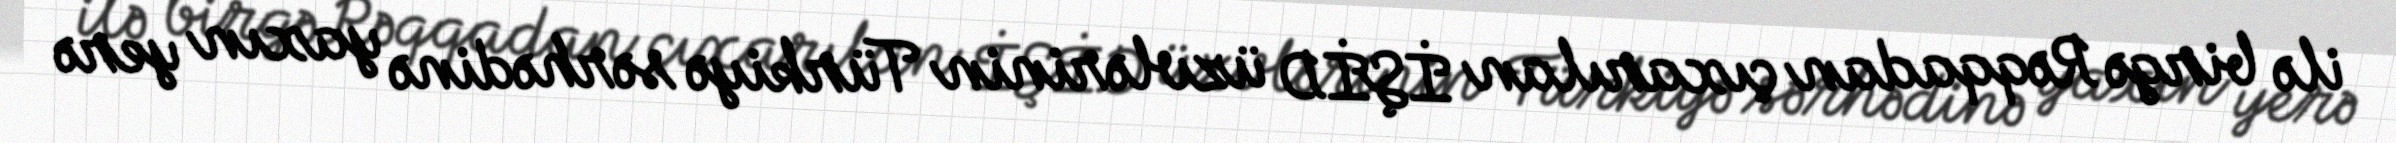
ilə birgə Rəqqadan çıxarılan İŞİD üzvlərinin Türkiyə sərhədinə yaxın yerə